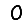
Digit: 0